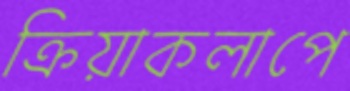
ক্রিয়াকলাপে